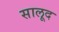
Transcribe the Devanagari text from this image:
सालूद